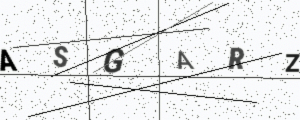
Text: ASGARZ